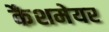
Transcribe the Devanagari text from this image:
कैशमेयर